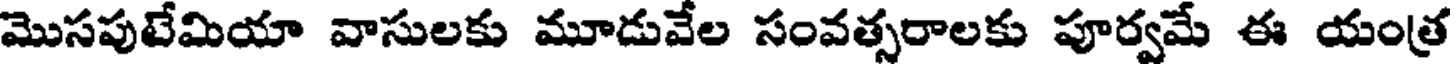
మొసపుటేమియా వాసులకు మూడువేల సంవత్సరాలకు పూర్వమే ఈ యంత్ర